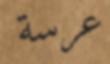
عرسة